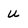
Character: u